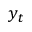
y _ { t }